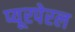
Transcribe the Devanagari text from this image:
प्यूरपेरल